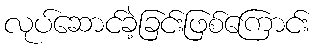
လုပ်ဆောင်ခဲ့ခြင်းဖြစ်ကြောင်း